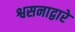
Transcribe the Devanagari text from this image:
श्वसनाद्वारे